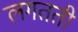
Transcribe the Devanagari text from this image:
लगतती